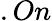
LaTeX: .On